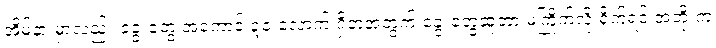
အိမ်နားမှာလည်း ခွေးတွေ အကောင် ၃၀ လောက် ရှိတဲ့အတွက် ခွေးတွေဆူတာ မကြိုက်လို့ ရိုက်ရင် အဘိုးက